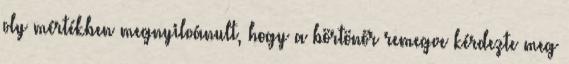
oly mértékben megnyilvánult, hogy a börtönőr remegve kérdezte meg